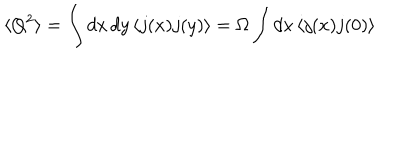
LaTeX: \langle Q ^ { 2 } \rangle = \int d x \, d y \, \langle j ( x ) j ( y ) \rangle = \Omega \int d x \, \langle j ( x ) j ( 0 ) \rangle